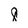
Character: 8